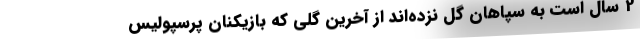
2 سال است به سپاهان گل نزده‌اند از آخرین گلی که بازیکنان پرسپولیس